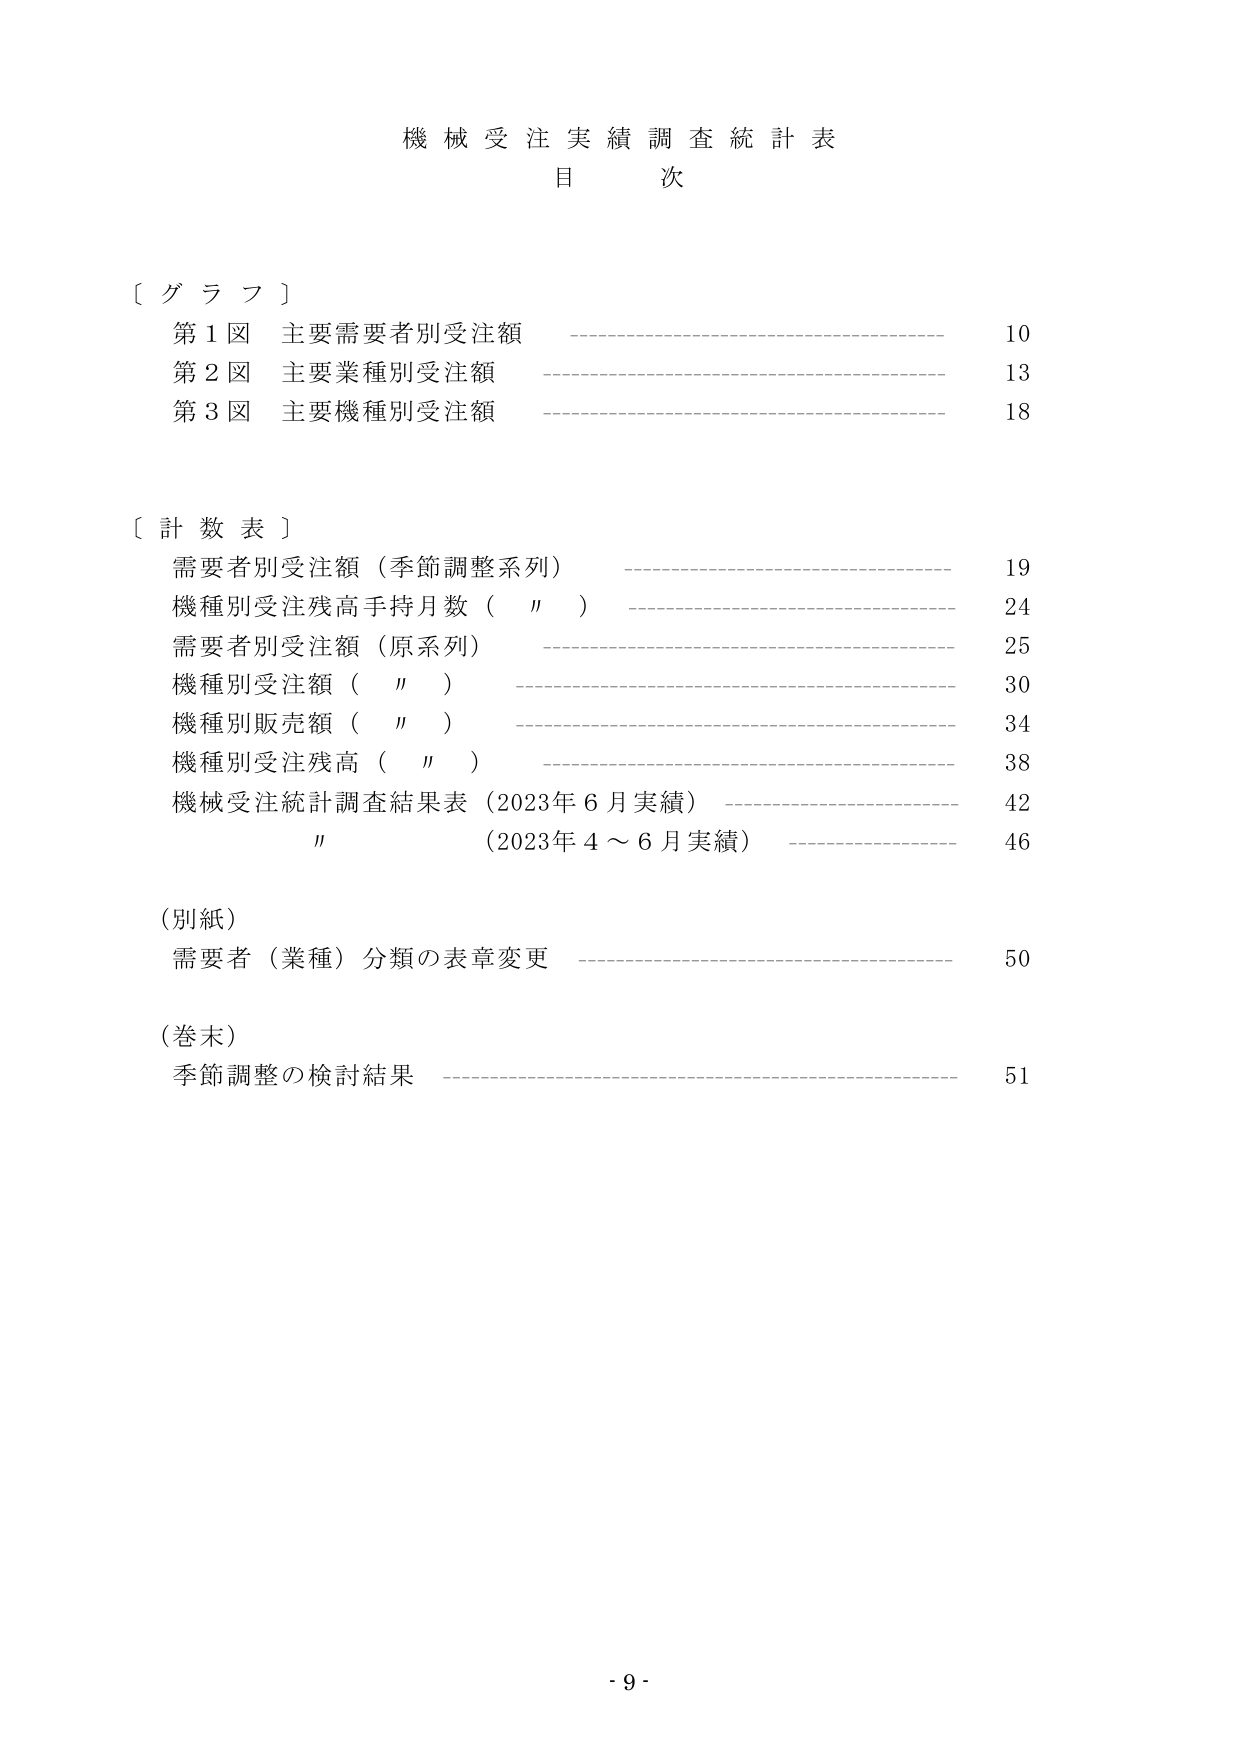
機械受注実績調査統計表
目 次

〔 グ ラ フ 〕
第1図 主要需要者別受注額 ———————————————————— 10
第2図 主要業種別受注額 ———————————————————— 13
第3図 主要機種別受注額 ———————————————————— 18

〔 計 数 表 〕
需要者別受注額（季節調整系列） ———————————————————— 19
機種別受注残高手持月数（　〃　） ———————————————————— 24
需要者別受注額（原系列） ———————————————————— 25
機種別受注額（　〃　） ———————————————————— 30
機種別販売額（　〃　） ———————————————————— 34
機種別受注残高（　〃　） ———————————————————— 38
機械受注統計調査結果表（2023年6月実績） ———————————————————— 42
　　　　　〃　　　　　（2023年4～6月実績） ———————————————————— 46

（別紙）
需要者（業種）分類の表章変更 ———————————————————— 50

（巻末）
季節調整の検討結果 ———————————————————— 51

- 9 -